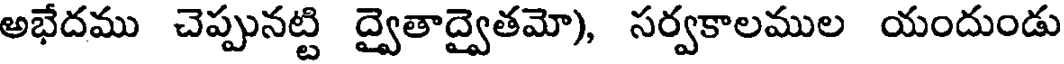
అభేదము చెప్పునట్టి ద్వైతాద్వైతమో), సర్వకాలముల యందుండు